Studies on the mouth parts a Comparative anatomy of the proboscis in the blood-sucking muscidae - Number 60
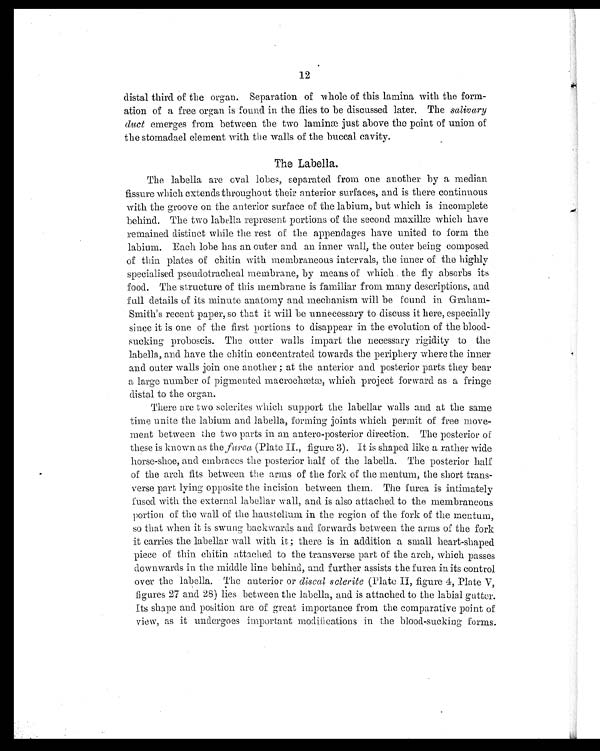
12
distal third of the organ. Separation of whole of this lamina with the form-
ation of a free organ is found in the flies to be discussed later. The salivary
duct emerges from between the two laminæ just above the point of union of
the stomadael element with the walls of the buccal cavity.
The Labella.
The labella are oval lobes, separated from one another by a median
fissure which extends throughout their anterior surfaces, and is there continuous
with the groove on the anterior surface of the labium, but which is incomplete
behind. The two labella represent portions of the second maxillæ which have
remained distinct while the rest of the appendages have united to form the
labium. Each.lobe has an outer and an inner wall, the outer being composed
of thin plates of chitin with membraneous intervals, the inner of the highly
specialised pseudotracheal membrane, by means of which the fly absorbs its
food. The structure of this membrane is familiar from many descriptions, and
full details of its minute anatomy and mechanism will be found in Graham-
Smith's recent paper, so that it will be unnecessary to discuss it here, especially
since it is one of the first portions to disappear in the evolution of the blood-
sucking proboscis. The outer walls impart the necessary rigidity to the
labella, and have the chitin concentrated towards the periphery where the inner
and outer walls join one another ; at the anterior and posterior parts they bear
a large number of pigmented macrochætæ, which project forward as a fringe
distal to the organ.
There are two sclerites which support the labellar walls and at the same
time unite the labium and labella, forming joints which permit of free move-
ment between the two parts in an antero-posterior direction. The posterior of
these is known as the furca (Plate II., figure 3). It is shaped like a rather wide
horse-shoe, and embraces the posterior half of the labella. The posterior half
of the arch fits between the arms of the fork of the mentum, the short trans-
verse part lying opposite the incision between them. The furca is intimately
fused with the external labellar wall, and is also attached to the membraneous
portion of the wall of the haustellum in the region of the fork of the mentum,
so that when it is swung backwards and forwards between the arms of the fork
it carries the labellar wall with it ; there is in addition a small heart-shaped
piece of thin chitin attached to the transverse part of the arch, which passes
downwards in the middle line behind, and further assists the furca in its control
over the labella. The anterior or discal sclerite (Plate II, figure 4, Plate V,
figures 27 and 28) lies between the labella, and is attached to the labial gutter.
Its shape and position are of great importance from the comparative point of
view, as it undergoes important modifications in the blood-sucking forms.